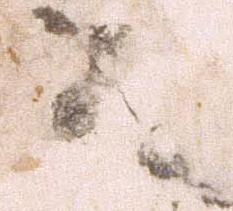
之